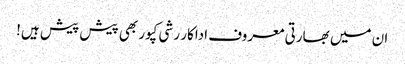
ان میں بھارتی معروف اداکار رشی کپور بھی پیش پیش ہیں!